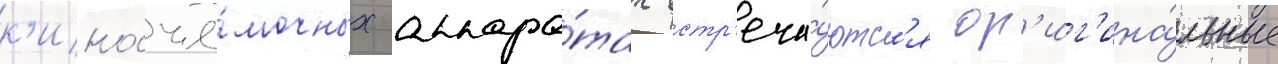
к'иносъё́мочных аппара́тах встр'еча́ютс'я ор'иг'ина́льные